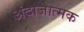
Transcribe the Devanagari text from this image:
अंदाजात्मक